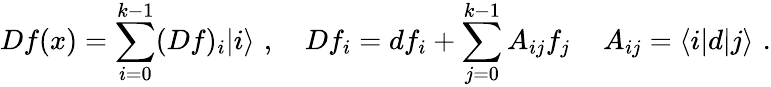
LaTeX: Df(x)=\sum_{i=0}^{k-1}(Df)_{i}|i\rangle\, \, ,\quad Df_{i}=df_{i}+\sum_{j=0}^{k-1}A_{ij}f_{j}\, \quad A_{ij}=\langle i|d|j\rangle\, \, .